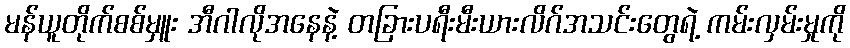
မန်ယူတိုက်စစ်မှူး အီဂါလိုအနေနဲ့ တခြားပရီးမီးယားလိဂ်အသင်းတွေရဲ့ ကမ်းလှမ်းမှုကို